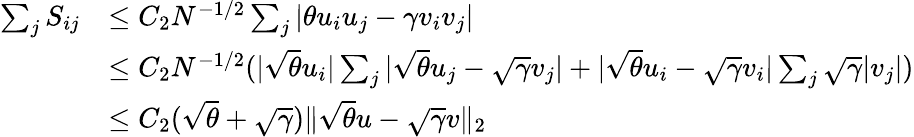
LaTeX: \begin{array}{rl}{\sum_{j}S_{ij}}&{\leq C_{2}N^{-1/2}\sum_{j}|\theta u_{i}u_{j}-\gamma v_{i}v_{j}|}\\ &{\leq C_{2}N^{-1/2}(|\sqrt{\theta}u_{i}|\sum_{j}|\sqrt{\theta}u_{j}-\sqrt{\gamma}v_{j}|+|\sqrt{\theta}u_{i}-\sqrt{\gamma}v_{i}|\sum_{j}\sqrt{\gamma}|v_{j}|)}\\ &{\leq C_{2}(\sqrt{\theta}+\sqrt{\gamma})\| \sqrt{\theta}u-\sqrt{\gamma}v\| _{2}}\end{array}